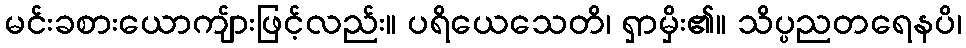
မင်းခစားယောကျ်ားဖြင့်လည်း။ ပရိယေသေတိ၊ ရှာမှိး၏။ သိပ္ပညတရေနပိ၊